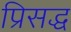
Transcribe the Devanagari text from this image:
प्रिसद्ध